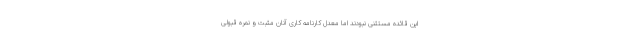
این قائده مستثنی نبودند اما معدل کارنامه کاری آنان مثبت و نمره قبولی